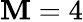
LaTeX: \mathbf{M}=4